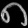
Digit: ၈